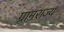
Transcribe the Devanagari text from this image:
ग्रामराज्य